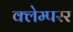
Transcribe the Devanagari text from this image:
क्लेम्परर